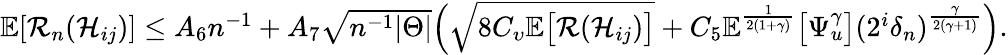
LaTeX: \begin{array}{r}{\mathbb{E}[\mathcal{R}_{n}(\mathcal{H}_{ij})]\leq A_{6}n^{-1}+A_{7}\sqrt{n^{-1}|\Theta|}\Big(\sqrt{8C_{\upsilon}\mathbb{E}\big[\mathcal{R}(\mathcal{H}_{ij})\big]}+C_{5}\mathbb{E}^{\frac{1}{2(1+\gamma)}}\big[\Psi_{u}^{\gamma}\big](2^{i}\delta_{n})^{\frac{\gamma}{2(\gamma+1)}}\Big).}\end{array}